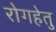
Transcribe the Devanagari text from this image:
रोगहेतु